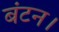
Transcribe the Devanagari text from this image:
बंटन।